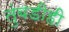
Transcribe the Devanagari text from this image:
तुंबडीही